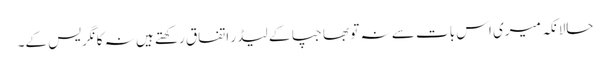
حالانکہ میری اس بات سے نہ تو بھاجپا کے لیڈر اتفاق رکھتے ہیں نہ کانگریس کے۔